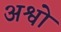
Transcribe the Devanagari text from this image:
अश्वो